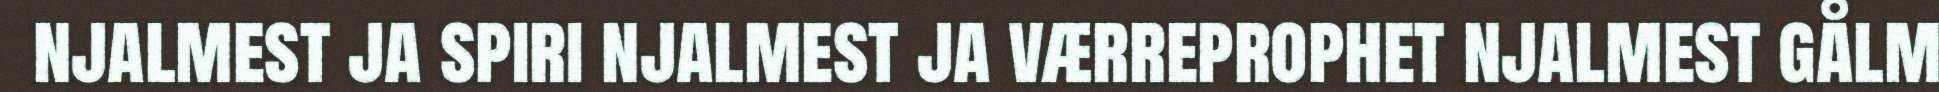
njalmest ja spiri njalmest ja værreprophet njalmest gålm